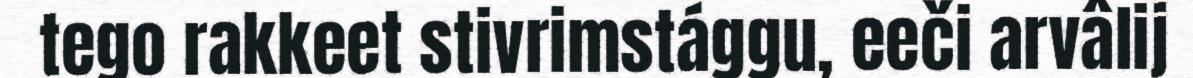
tego rakkeet stivrimstággu, eeči arvâlij